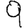
Digit: 9